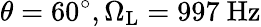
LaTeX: \theta=60^{\circ},\Omega_{\mathrm{L}}=997~\mathrm{Hz}